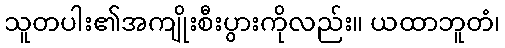
သူတပါး၏အကျိုးစီးပွားကိုလည်း။ ယထာဘူတံ၊